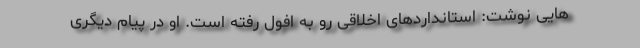
هایی نوشت: استانداردهای اخلاقی رو به افول رفته است. او در پیام دیگری